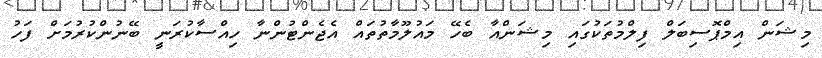
މިޝަން އިމްޕޮސިބަލް ފިލްމުތަކުގައި މިޝަންއާ ބެހޭ މައުލޫމާތުތައް އެޖެންޓުންނާ ހިއްސާކުރަނީ ބޭނުންކުރުމަށް ފަހު